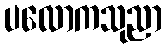
ပလောကသုညာ